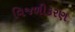
વિજળીકરણ